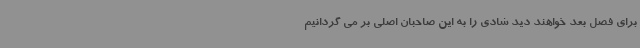
برای فصل بعد خواهند دید شادی را به این صاحبان اصلی بر می گردانیم